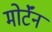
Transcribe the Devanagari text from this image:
मोर्टॅन